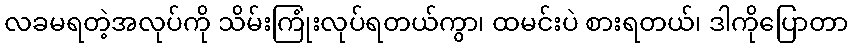
လခမရတဲ့အလုပ်ကို သိမ်းကြုံးလုပ်ရတယ်ကွာ၊ ထမင်းပဲ စားရတယ်၊ ဒါကိုပြောတာ